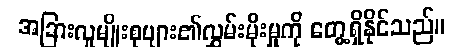
အခြားလူမျိုးစုများ၏လွှမ်းမိုးမှုကို တွေ့ရှိနိုင်သည်။